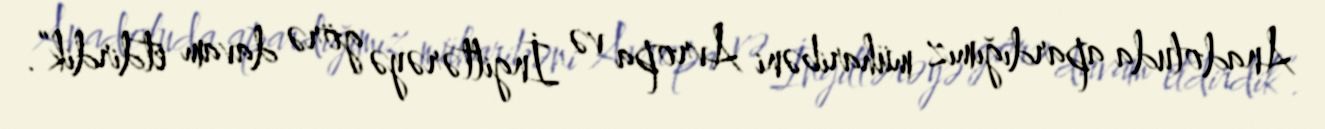
Anadoluda apardığımız müharibəni Avropa və İngiltərəyə görə davam etdirdik”.